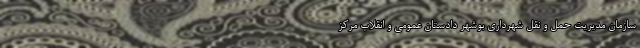
سازمان مدیریت حمل‌ و نقل شهرداری بوشهر دادستان عمومی و انقلاب مرکز